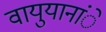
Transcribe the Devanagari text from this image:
वायुयानांे